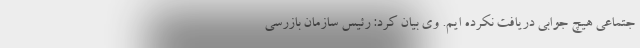
جتماعی هیچ جوابی دریافت نکرده ایم. وی بیان کرد: رئیس سازمان بازرسی